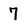
Character: 7